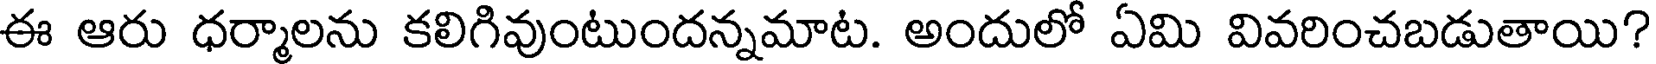
ఈ ఆరు ధర్మాలను కలిగివుంటుందన్నమాట. అందులో ఏమి వివరించబడుతాయి?